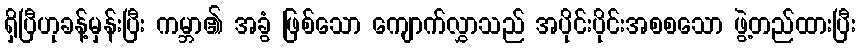
ရှိပြီဟုခန့်မှန်းပြီး ကမ္ဘာ၏ အခွံ ဖြစ်သော ကျောက်လွှာသည် အပိုင်းပိုင်းအစစသော ဖွဲ့တည်ထားပြီး